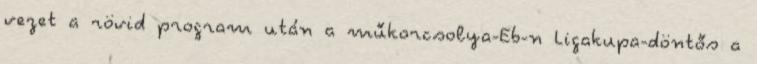
vezet a rövid program után a műkorcsolya-Eb-n Ligakupa-döntős a